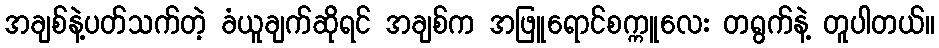
အချစ်နဲ့ပတ်သက်တဲ့ ခံယူချက်ဆိုရင် အချစ်က အဖြူရောင်စက္ကူလေး တရွက်နဲ့ တူပါတယ်။